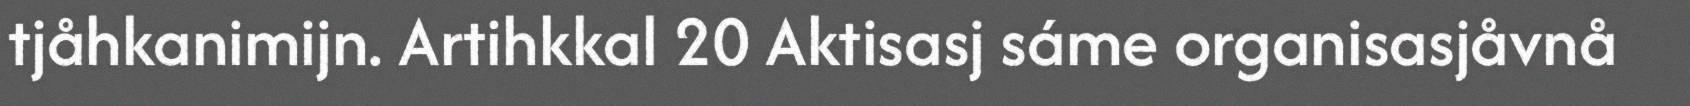
tjåhkanimijn. Artihkkal 20 Aktisasj sáme organisasjåvnå